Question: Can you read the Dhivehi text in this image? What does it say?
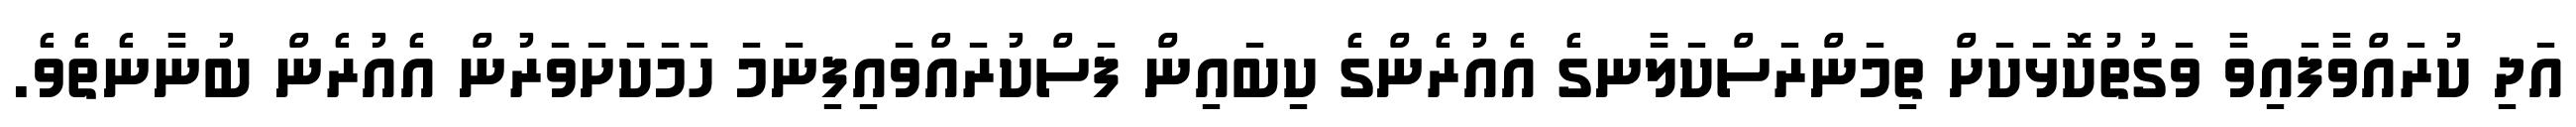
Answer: އަދި ކުރައްވާފައިވާ ވަގުތުކޮޅަކަށް ތިމަންރަސްކަލާނގެ އެއުރެންގެ ކިބައިން ފަސްކުރައްވައިފިނަމަ ހަމަކަށަވަރުން އެއުރެން ބުނާނެތެވެ.